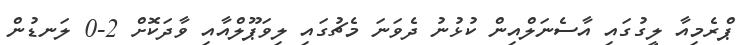
ޕްރެމިއާ ލީގުގައި އާސެނަލްއިން ކުޅުނު ދެވަނަ މެޗުގައި ލިވަޕޫލްއާއި ވާދަކޮށް 2-0 ލަނޑުން